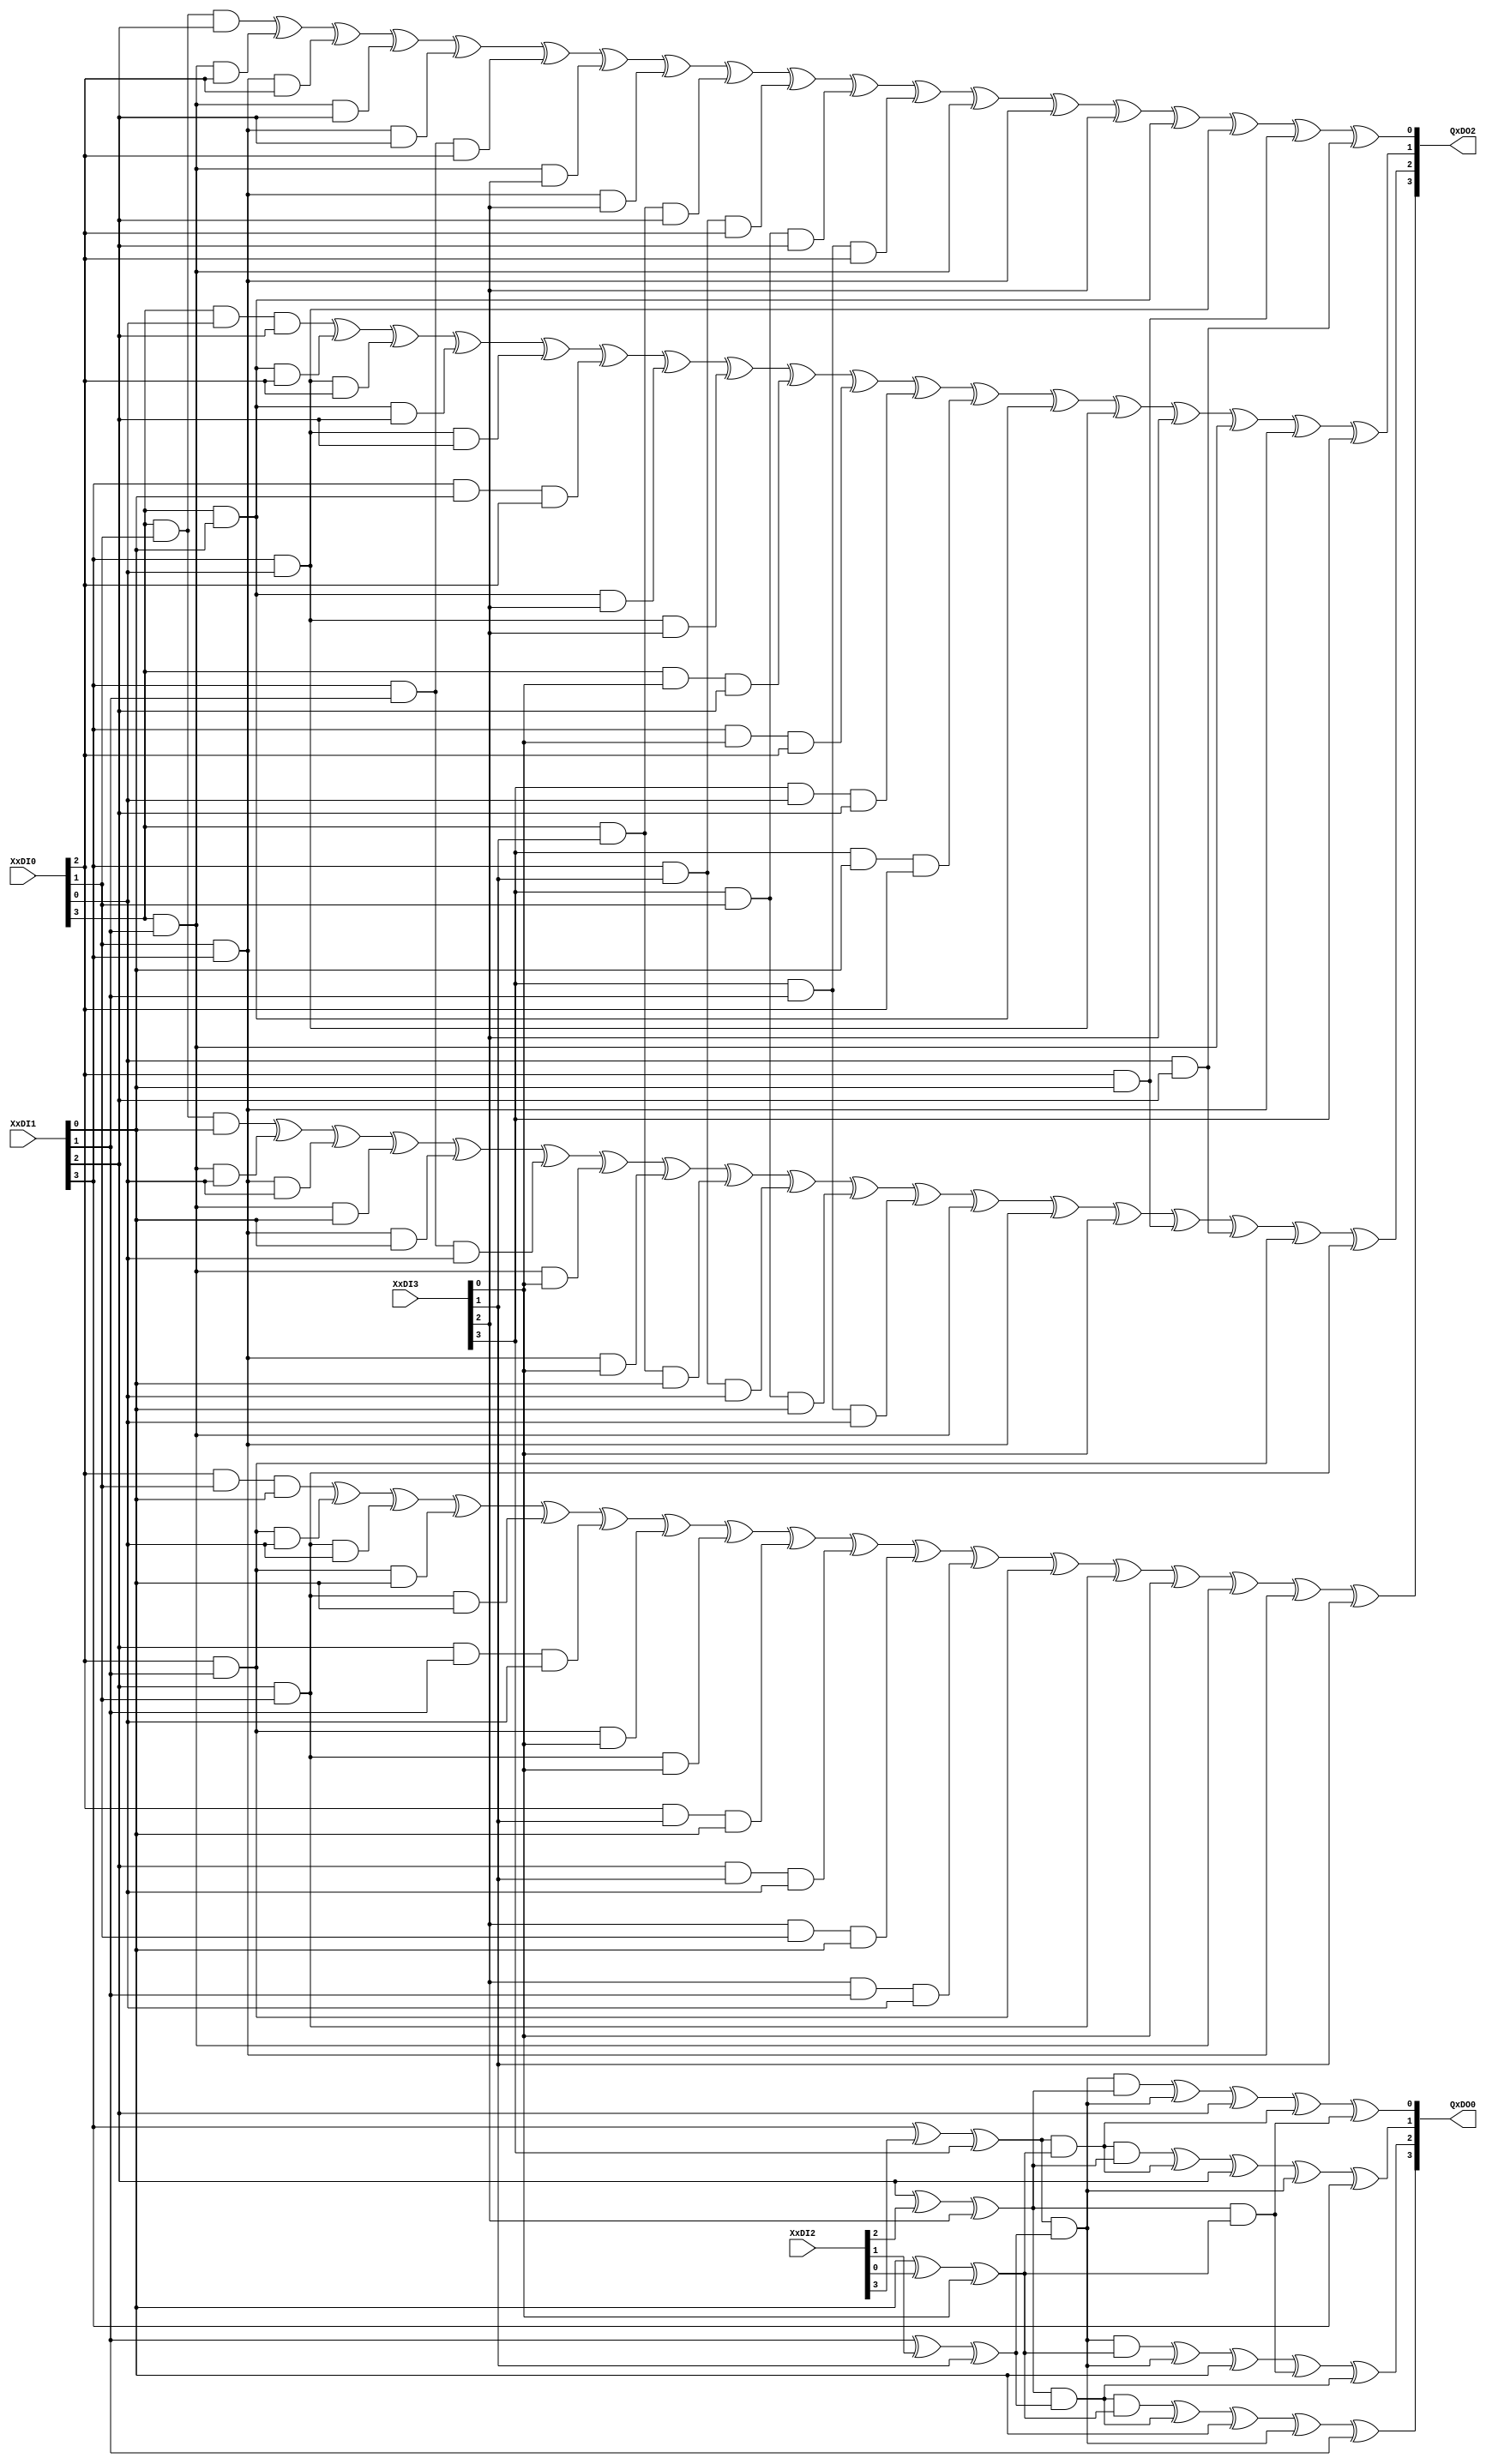
`timescale 1ns / 1ps
//////////////////////////////////////////////////////////////////////////////////
// Company: 
// Engineer: 
// 
// Design Name: 
// Module Name:    inverter 
// Project Name: 
// Target Devices: 
// Tool versions: 
// Description: 
//
// Dependencies: 
//
// Revision: 
// Revision 0.01 - File Created
// Additional Comments: 
//
//////////////////////////////////////////////////////////////////////////////////
//the first stage shared gf2^4 inverter 
module inverter1(
   input [3:0]  XxDI0,
	input [3:0]  XxDI1,
	input [3:0]  XxDI2,
	input [3:0]  XxDI3,
   output  [3:0] QxDO0,
	output  [3:0] QxDO2
	);
	
	assign QxDO0[3] = ((XxDI1[2] ^ XxDI2[2] ^ XxDI3[2] ) & (XxDI1[1] ^ XxDI2[1] ^ XxDI3[1] ) & (XxDI1[0] ^ XxDI2[0] ^ XxDI3[0] )) 
	   ^ ((XxDI1[2] ^ XxDI2[2] ^ XxDI3[2] ) & (XxDI1[1] ^ XxDI2[1] ^ XxDI3[1] )) ^ XxDI1[0] 
	   ^((XxDI1[3] ^ XxDI2[3] ^ XxDI3[3] ) & (XxDI1[1] ^ XxDI2[1] ^ XxDI3[1] )) ^ XxDI1[1];
   assign QxDO2[3] = (XxDI0[2] & XxDI0[1] & XxDI1[0]) ^ (XxDI0[2] & XxDI1[1] & XxDI0[0]) ^ (XxDI1[2] & XxDI0[1] & XxDI0[0]) 
	   ^ (XxDI0[2] & XxDI1[1] & XxDI1[0]) ^ (XxDI1[2] & XxDI0[1] & XxDI1[0]) ^ (XxDI1[2] & XxDI1[1] & XxDI0[0]) 
		^ (XxDI0[2] & XxDI1[1] & XxDI3[0]) ^ (XxDI1[2] & XxDI0[1] & XxDI3[0]) ^ (XxDI0[2] & XxDI3[1] & XxDI1[0]) 
		^ (XxDI1[2] & XxDI3[1] & XxDI0[0]) ^ (XxDI3[2] & XxDI0[1] & XxDI1[0]) ^ (XxDI3[2] & XxDI1[1] & XxDI0[0]) 
		^ (XxDI0[2] & XxDI1[1]) ^ (XxDI0[1] & XxDI1[2]) ^ XxDI3[0] ^ (XxDI0[3] & XxDI1[1]) ^ (XxDI0[1] & XxDI1[3]) ^ XxDI3[1];
 
   assign QxDO0[2]  = ((XxDI1[3] ^ XxDI2[3] ^ XxDI3[3] ) & (XxDI1[1] ^ XxDI2[1] ^ XxDI3[1] ) & (XxDI1[0] ^ XxDI2[0] ^ XxDI3[0] )) 
	   ^ ((XxDI1[3] ^ XxDI2[3] ^ XxDI3[3] ) & (XxDI1[1] ^ XxDI2[1] ^ XxDI3[1] )) ^ XxDI1[0]
      ^((XxDI1[2] ^ XxDI2[2] ^ XxDI3[2] ) & (XxDI1[0] ^ XxDI2[0] ^ XxDI3[0] )) 
		^((XxDI1[2] ^ XxDI2[2] ^ XxDI3[2] ) & (XxDI1[1] ^ XxDI2[1] ^ XxDI3[1] )) ;
   assign QxDO2[2]= (XxDI0[3] & XxDI0[1] & XxDI1[0]) ^ (XxDI0[3] & XxDI1[1] & XxDI0[0]) ^ (XxDI1[3] & XxDI0[1] & XxDI0[0]) 
	   ^ (XxDI0[3] & XxDI1[1] & XxDI1[0]) ^ (XxDI1[3] & XxDI0[1] & XxDI1[0]) ^ (XxDI1[3] & XxDI1[1] & XxDI0[0]) 
		^ (XxDI0[3] & XxDI1[1] & XxDI3[0]) ^ (XxDI1[3] & XxDI0[1] & XxDI3[0]) ^ (XxDI0[3] & XxDI3[1] & XxDI1[0]) 
		^ (XxDI1[3] & XxDI3[1] & XxDI0[0]) ^ (XxDI3[3] & XxDI0[1] & XxDI1[0]) ^ (XxDI3[3] & XxDI1[1] & XxDI0[0]) 
		^ (XxDI0[3] & XxDI1[1]) ^ (XxDI0[1] & XxDI1[3]) ^ XxDI3[0] ^ (XxDI0[2] & XxDI1[0]) ^ (XxDI0[0] & XxDI1[2]) 
		^ (XxDI0[2] & XxDI1[1]) ^ (XxDI0[1] & XxDI1[2]) ;
 
	assign QxDO0[1] = ((XxDI1[3] ^ XxDI2[3] ^ XxDI3[3] ) & (XxDI1[0] ^ XxDI2[0] ^ XxDI3[0] ) & (XxDI1[2] ^ XxDI2[2] ^ XxDI3[2] )) 
	   ^ ((XxDI1[3] ^ XxDI2[3] ^ XxDI3[3] ) & (XxDI1[0] ^ XxDI2[0] ^ XxDI3[0] )) ^ XxDI1[2]
      ^((XxDI1[3] ^ XxDI2[3] ^ XxDI3[3] ) & (XxDI1[1] ^ XxDI2[1] ^ XxDI3[1] )) ^ XxDI1[3];
   assign QxDO2[1] = (XxDI0[3] & XxDI0[0] & XxDI1[2]) ^ (XxDI0[3] & XxDI1[0] & XxDI0[2]) ^ (XxDI1[3] & XxDI0[0] & XxDI0[2]) 
	   ^ (XxDI0[3] & XxDI1[0] & XxDI1[2]) ^ (XxDI1[3] & XxDI0[0] & XxDI1[2]) ^ (XxDI1[3] & XxDI1[0] & XxDI0[2]) 
		^ (XxDI0[3] & XxDI1[0] & XxDI3[2]) ^ (XxDI1[3] & XxDI0[0] & XxDI3[2]) ^ (XxDI0[3] & XxDI3[0] & XxDI1[2]) 
		^ (XxDI1[3] & XxDI3[0] & XxDI0[2]) ^ (XxDI3[3] & XxDI0[0] & XxDI1[2]) ^ (XxDI3[3] & XxDI1[0] & XxDI0[2]) 
		^ (XxDI0[3] & XxDI1[0]) ^ (XxDI0[0] & XxDI1[3]) ^ XxDI3[2] ^ (XxDI0[3] & XxDI1[1]) ^ (XxDI0[1] & XxDI1[3]) ^ XxDI3[3];
  
	assign QxDO0[0] = ((XxDI1[3] ^ XxDI2[3] ^ XxDI3[3] ) & (XxDI1[1] ^ XxDI2[1] ^ XxDI3[1] ) & (XxDI1[2] ^ XxDI2[2] ^ XxDI3[2] )) 
	   ^ ((XxDI1[3] ^ XxDI2[3] ^ XxDI3[3] ) & (XxDI1[1] ^ XxDI2[1] ^ XxDI3[1] )) ^ XxDI1[2]
      ^((XxDI1[3] ^ XxDI2[3] ^ XxDI3[3] ) & (XxDI1[0] ^ XxDI2[0] ^ XxDI3[0] )) 
		^((XxDI1[2] ^ XxDI2[2] ^ XxDI3[2] ) & (XxDI1[0] ^ XxDI2[0] ^ XxDI3[0] )) ;
   assign QxDO2[0] = (XxDI0[3] & XxDI0[1] & XxDI1[2]) ^ (XxDI0[3] & XxDI1[1] & XxDI0[2]) ^ (XxDI1[3] & XxDI0[1] & XxDI0[2]) 
	   ^ (XxDI0[3] & XxDI1[1] & XxDI1[2]) ^ (XxDI1[3] & XxDI0[1] & XxDI1[2]) ^ (XxDI1[3] & XxDI1[1] & XxDI0[2]) 
		^ (XxDI0[3] & XxDI1[1] & XxDI3[2]) ^ (XxDI1[3] & XxDI0[1] & XxDI3[2]) ^ (XxDI0[3] & XxDI3[1] & XxDI1[2]) 
		^ (XxDI1[3] & XxDI3[1] & XxDI0[2]) ^ (XxDI3[3] & XxDI0[1] & XxDI1[2]) ^ (XxDI3[3] & XxDI1[1] & XxDI0[2]) 
		^ (XxDI0[3] & XxDI1[1]) ^ (XxDI0[1] & XxDI1[3]) ^ XxDI3[2] ^ (XxDI0[3] & XxDI1[0]) ^ (XxDI0[0] & XxDI1[3]) 
		^ (XxDI0[2] & XxDI1[0]) ^ (XxDI0[0] & XxDI1[2]) ;
   
endmodule